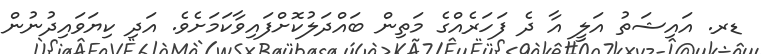
ޑރ. އައިޝަތު އަލީ އާ ދެ ފަހަރެއްގެ މަތިން ބައްދަލުކޮށްފައިވާކަމަށެވެ. އަދި ކިޔަވައިދުނުން